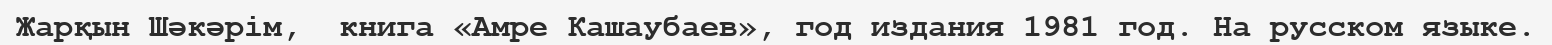
Жарқын Шәкәрім,  книга «Амре Кашаубаев», год издания 1981 год. На русском языке.